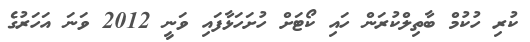
ކުރި ހުކުމް ބާތިލްކުރަން ހައި ކޯޓަށް ހުށަހަޅާފައި ވަނީ 2012 ވަނަ އަހަރުގެ